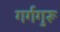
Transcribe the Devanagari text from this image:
गर्गगुरू